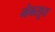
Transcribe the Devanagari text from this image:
नेबरहूड